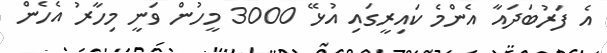
އެ ފަރުބަދައާ އެންމެ ކައިރީގައި އުޅޭ 3000 މީހުން ވަނީ މިހާރު އެހެން